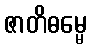
ဇာတိဓမ္မေ